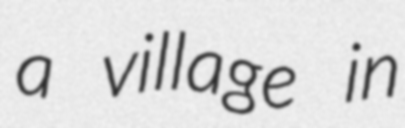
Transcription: a village in